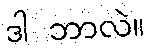
ဒါ ဘာလဲ။